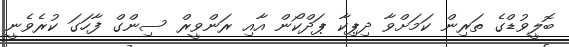
ބޮލީވުޑްގެ ތަރިން ކަމަށްވާ ދިޕިކާ ޕަދްކޯން އާއި ރަންވީރް ސިންގް ފާހަގަ ކުރެވެނީ